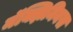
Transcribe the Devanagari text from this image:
मॅक्झिमिनस